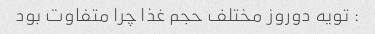
: تویه دوروز مختلف حجم غذا چرا متفاوت بود